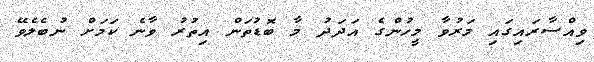
ވިއްސާރައިގައި މަރުވާ މީހުންގެ އަދަދު މާ ބޮޑުތަން އިތުރު ވާނެ ކަމަށް ނުބެލެވޭ